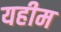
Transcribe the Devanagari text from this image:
यहीम